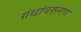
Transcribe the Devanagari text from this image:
ग्रंथांवरूनच